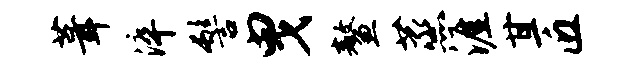
葺淬髻曳鳌蒸涯甘匠